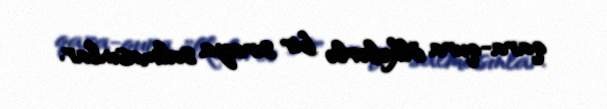
qara-qura ölkələrlə bir sıraya salmasınlar.